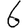
Digit: 6